Vaccine operations Central Provinces 1868-1885 - 1868-1885
Year: 1868
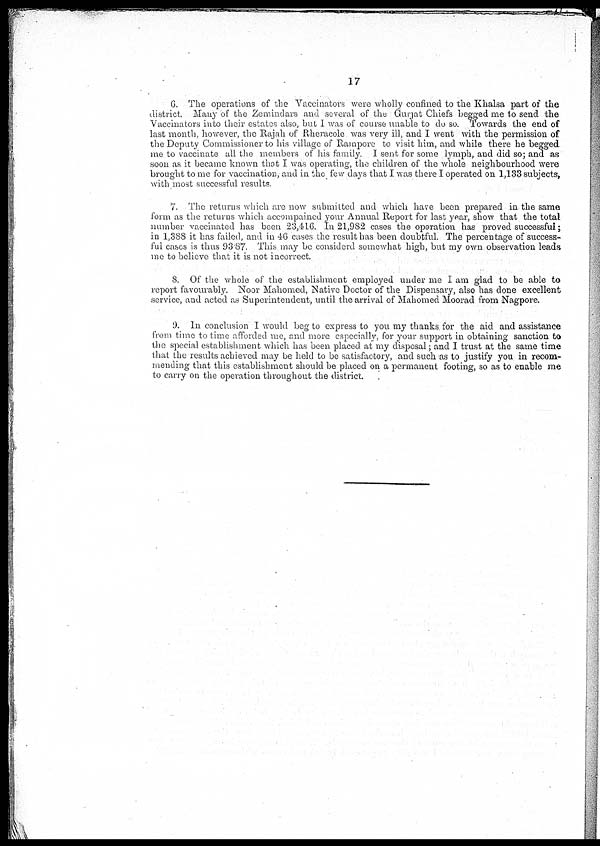
17
6. The operations of the Vaccinators were wholly confined to the Khalsa part of the
district. Many of the Zemindars and several of the Guijat Chiefs begged me to send the
Vaccinators into their estates also, but I was of course unable to do so. Towards the end of
last month, however, the Rajah of Rheracole was very ill, and I went with the permission of
the Deputy Commissioner to his village of Rampore to visit him, and while there he begged
me to vaccinate all the members of his family. I sent for some lymph, and did so; and as
soon as it became known that I was operating, the children of the whole neighbourhood were
brought to me for vaccination, and in the few days that I was there I operated on 1,133 subjects,
with most successful results
7. The returns which are now submitted and which have been prepared in the same
form as the returns which accompanied your Annual Report for last year, show that the total
number vaccinated has been 23,416. In 21,982 cases the operation has proved successful;
in 1,388 it has failed, and in 46 cases the result has been doubtful. The percentage of success-
ful cases is thus 93 87. This may be considerd somewhat high, but my own observation leads
me to believe that it is not incorrect.
8. Of the whole of the establishment employed under me I am glad to be able to
report favourably. Noor Mahomed, Native Doctor of the Dispensary, also has done excellent
service, and acted as Superintendent, until the arrival of Mahomed Moorad from Nagpore.
9. In conclusion I would beg to express to you my thanks for the aid and assistance
from time to time afforded me, and more especially, for your support in obtaining sanction to
the special establishment which has been placed at my disposal; and I trust at the same time
that the results achieved may be held to be satisfactory, and such as to justify you in recom-
mending that this establishment should be placed on a permanent footing, so as to enable me
to carry on the operation throughout the district.